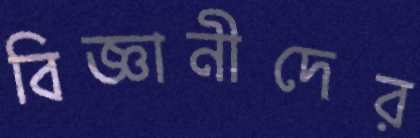
বিজ্ঞানীদের